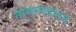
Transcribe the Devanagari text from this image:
नागाणाराय